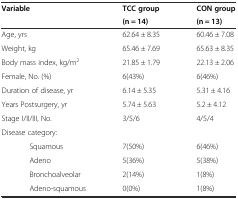
| <ROWSPAN=2> Variable | TCC group | CON group |
 | (n = 14) | (n = 13) |
 | --- | --- | --- |
 | Age, yrs | 62.64 ± 8.35 | 60.46 ± 7.08 |
 | Weight, kg | 65.46 ± 7.69 | 65.63 ± 8.35 |
 | Body mass index, kg/m2 | 21.85 ± 1.79 | 22.13 ± 2.06 |
 | Female, No. (%) | 6(43%) | 6(46%) |
 | Duration of disease, yr | 6.14 ± 5.35 | 5.31 ± 4.16 |
 | Years Postsurgery, yr | 5.74 ± 5.63 | 5.2 ± 4.12 |
 | Stage I/II/III, No. | 3/5/6 | 4/5/4 |
 | Disease category: |  |  |
 | Squamous | 7(50%) | 6(46%) |
 | Adeno | 5(36%) | 5(38%) |
 | Bronchoalveolar | 2(14%) | 1(8%) |
 | Adeno-squamous | 0(0%) | 1(8%) |